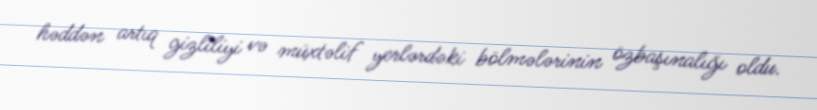
həddən artıq gizliliyi və müxtəlif yerlərdəki bölmələrinin özbaşınalığı oldu.